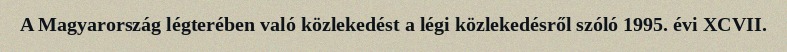
A Magyarország légterében való közlekedést a légi közlekedésről szóló 1995. évi XCVII.